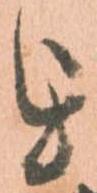
を